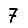
Digit: 7